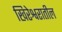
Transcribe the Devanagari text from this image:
खिरेश्वरातील